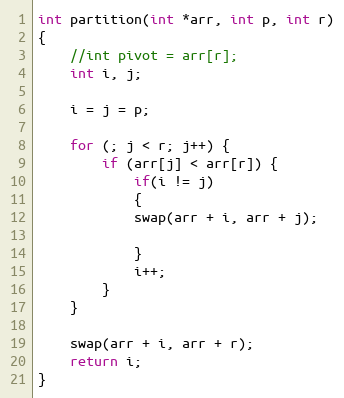
Language: C
int partition(int *arr, int p, int r)
{
	//int pivot = arr[r];
	int i, j;

	i = j = p;

	for (; j < r; j++) {
		if (arr[j] < arr[r]) {
			if(i != j)
			{
			swap(arr + i, arr + j);

			}
			i++;
		}
	}

	swap(arr + i, arr + r);
	return i;
}